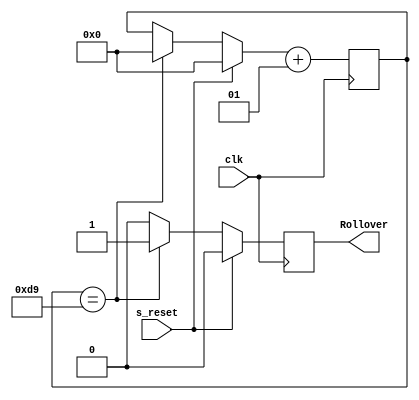
module Timer43(
input wire clk, s_reset,
output reg Rollover
);

integer count;
initial begin
   count = 0;
   Rollover = 1'b0;
end

always @ (posedge clk) begin
   Rollover = 1'b0;
   //833333
	//434
   if (count == 217) begin
      Rollover = 1'b1;
      count = 0;
   end


   if (s_reset) begin
      Rollover = 1'b0;
      count = 0;
   end

   count = count + 1;
end
endmodule